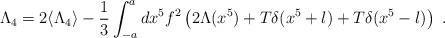
LaTeX: \begin{align*}\Lambda_4 = 2\langle \Lambda_4 \rangle -\frac{1}{3}\int_{-a}^a dx^5 f^2 \left( 2\Lambda(x^5) +T\delta(x^5+l)+T\delta(x^5-l)\right) \; .\end{align*}